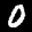
Label: 0